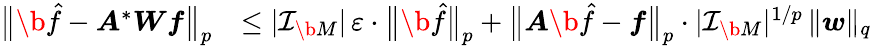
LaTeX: \begin{array}{rl}{\big\| \b{\hat{f}}-\boldsymbol A^{*}\boldsymbol W\boldsymbol f\big\| _{p}}&{\leq|\mathcal I_{\b{M}}|\, \varepsilon\cdot\big\| \b{\hat{f}}\big\| _{p}+\big\| \boldsymbol A\b{\hat{f}}-\boldsymbol f\big\| _{p}\cdot|\mathcal I_{\b{M}}|^{1/p}\, \| \boldsymbol w\| _{q}}\end{array}